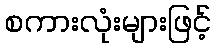
စကားလုံးများဖြင့်